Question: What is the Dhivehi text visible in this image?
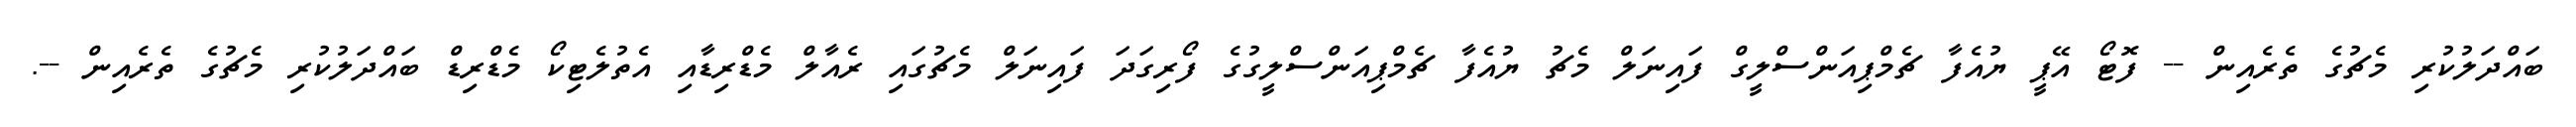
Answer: ބައްދަލުކުރި މެޗުގެ ތެރެއިން -- ފޮޓޯ އޭޕީ ޔުއެފާ ޗެމްޕިއަންސްލީގް ފައިނަލް މެޗު ޔުއެފާ ޗެމްޕިއަންސްލީގުގެ ފޯރިގަދަ ފައިނަލް މެޗުގައި ރެއާލް މެޑްރިޑާއި އެތުލެޓިކޯ މެޑްރިޑް ބައްދަލުކުރި މެޗުގެ ތެރެއިން --.